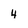
Character: 4